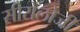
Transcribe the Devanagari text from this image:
सीरोलोजी